Scottish Education Department, 1919
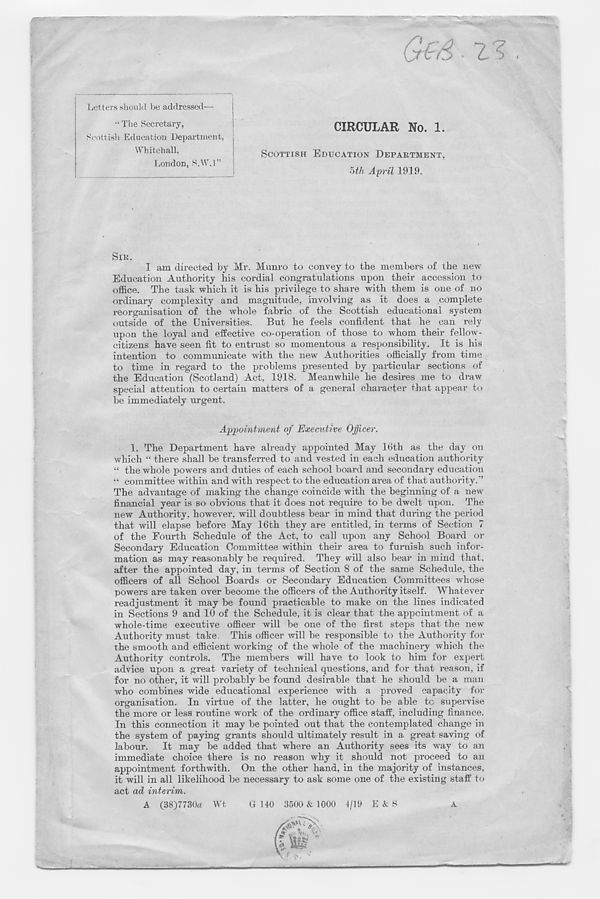
Letters should be addressed—
“ The Secretary,
Scottish Education Department,
Whitehall,
London, S.W.l”
CIRCULAR No. 1.
SCOTTISH EDUCATION DEPARTMENT,
oth April 1919.
. Z'? .
SIR,
I am directed by Mr. Munro to convey to the members of the new
Education Authority his cordial congratulations upon their accession to
office. The task which it is his privilege to share with them is one of no
ordinary complexity and magnitude, involving as it does a complete
reorganisation of the whole fabric of the Scottish educational system
outside of the Universities. But he feels confident that he can rely
upon the loyal and effective co-operation of those to whom their fellow-
citizens have seen fit to entrust so momentous a responsibility. It is his
intention to communicate with the new Authorities officially from time
to time in regard to the problems presented by particular sections of
the Education (Scotland) Act, 1918. Meanwhile he desires me to draw
special attention to certain matters of a general character that appear to
be immediately urgent.
Appointment of Executive Officer.
1. The Department have already appointed May IHth as the day on
which “ there shall be transferred to and vested in each education authority
“ the whole powers and duties of each school board and secondary education
“ committee within and with respect to the education area of that authority.'’
The advantage of making the change coincide with the beginning of a new
financial year is so obvious that it does not require to be dwelt upon. The
new Authority, however, will doubtless bear in mind that during the period
that will elapse before May 16th they are entitled, in terms of Section 7
of the Fourth Schedule of the Act, to call upon any School Board or
Secondary Education Committee within their area to furnish such infor-
mation as may reasonably be required. They will also bear in mind that,
after the appointed day, in terms of Section 8 of the same Schedule, the
officers of all School Boards or Secondary Education Committees whose
powers are taken over become the officers of the Authority itself. Whatever
readjustment it may be found practicable to make on the lines indicated
in Sections 9 and 10 of the Schedule, it is clear that the appointment of a
whole-time executive officer will be one of the first steps that the new
Authority must take. This officer will be responsible to the Authority for
the smooth and efficient working of the whole of the machinery which the
Authority controls. The members will have to look to him for expert
advice upon a great variety of technical questions, and for that reason, if
for no other, it will probably be found desirable that he should be a man
who combines wide educational experience with a proved capacity for
organisation. In virtue of the latter, he ought to be able tc supervise
the more or less routine work of the ordinary office staff, including finance.
In this connection it may be pointed out that the contemplated change in
the system of paying grants should ultimately result in a great saving of
labour.
It may be added that where an Authority sees its way to an
immediate choice there is no reason why it should not proceed to an
appointment forthwith. On the other hand, in the majority of instances,
it will in all likelihood be necessary to ask some one of the existing staff to
act ad interim.
A (38)7730« Wt
G 140 3500 & 1000 4/19 E&S
A